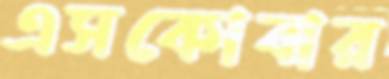
এসকোবার